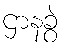
ဌာနခွဲ